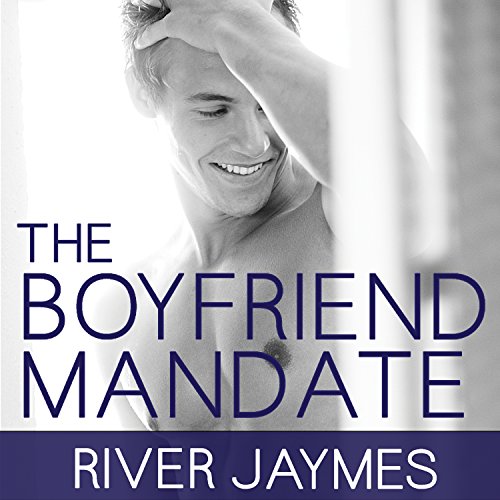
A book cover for The Boyfriend Mandate: Boyfriend Chronicles, Book 2; River Jaymes; Romance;